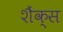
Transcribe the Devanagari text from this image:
शैंक्स